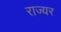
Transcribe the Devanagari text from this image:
राज्यर